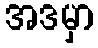
အဒမှာ